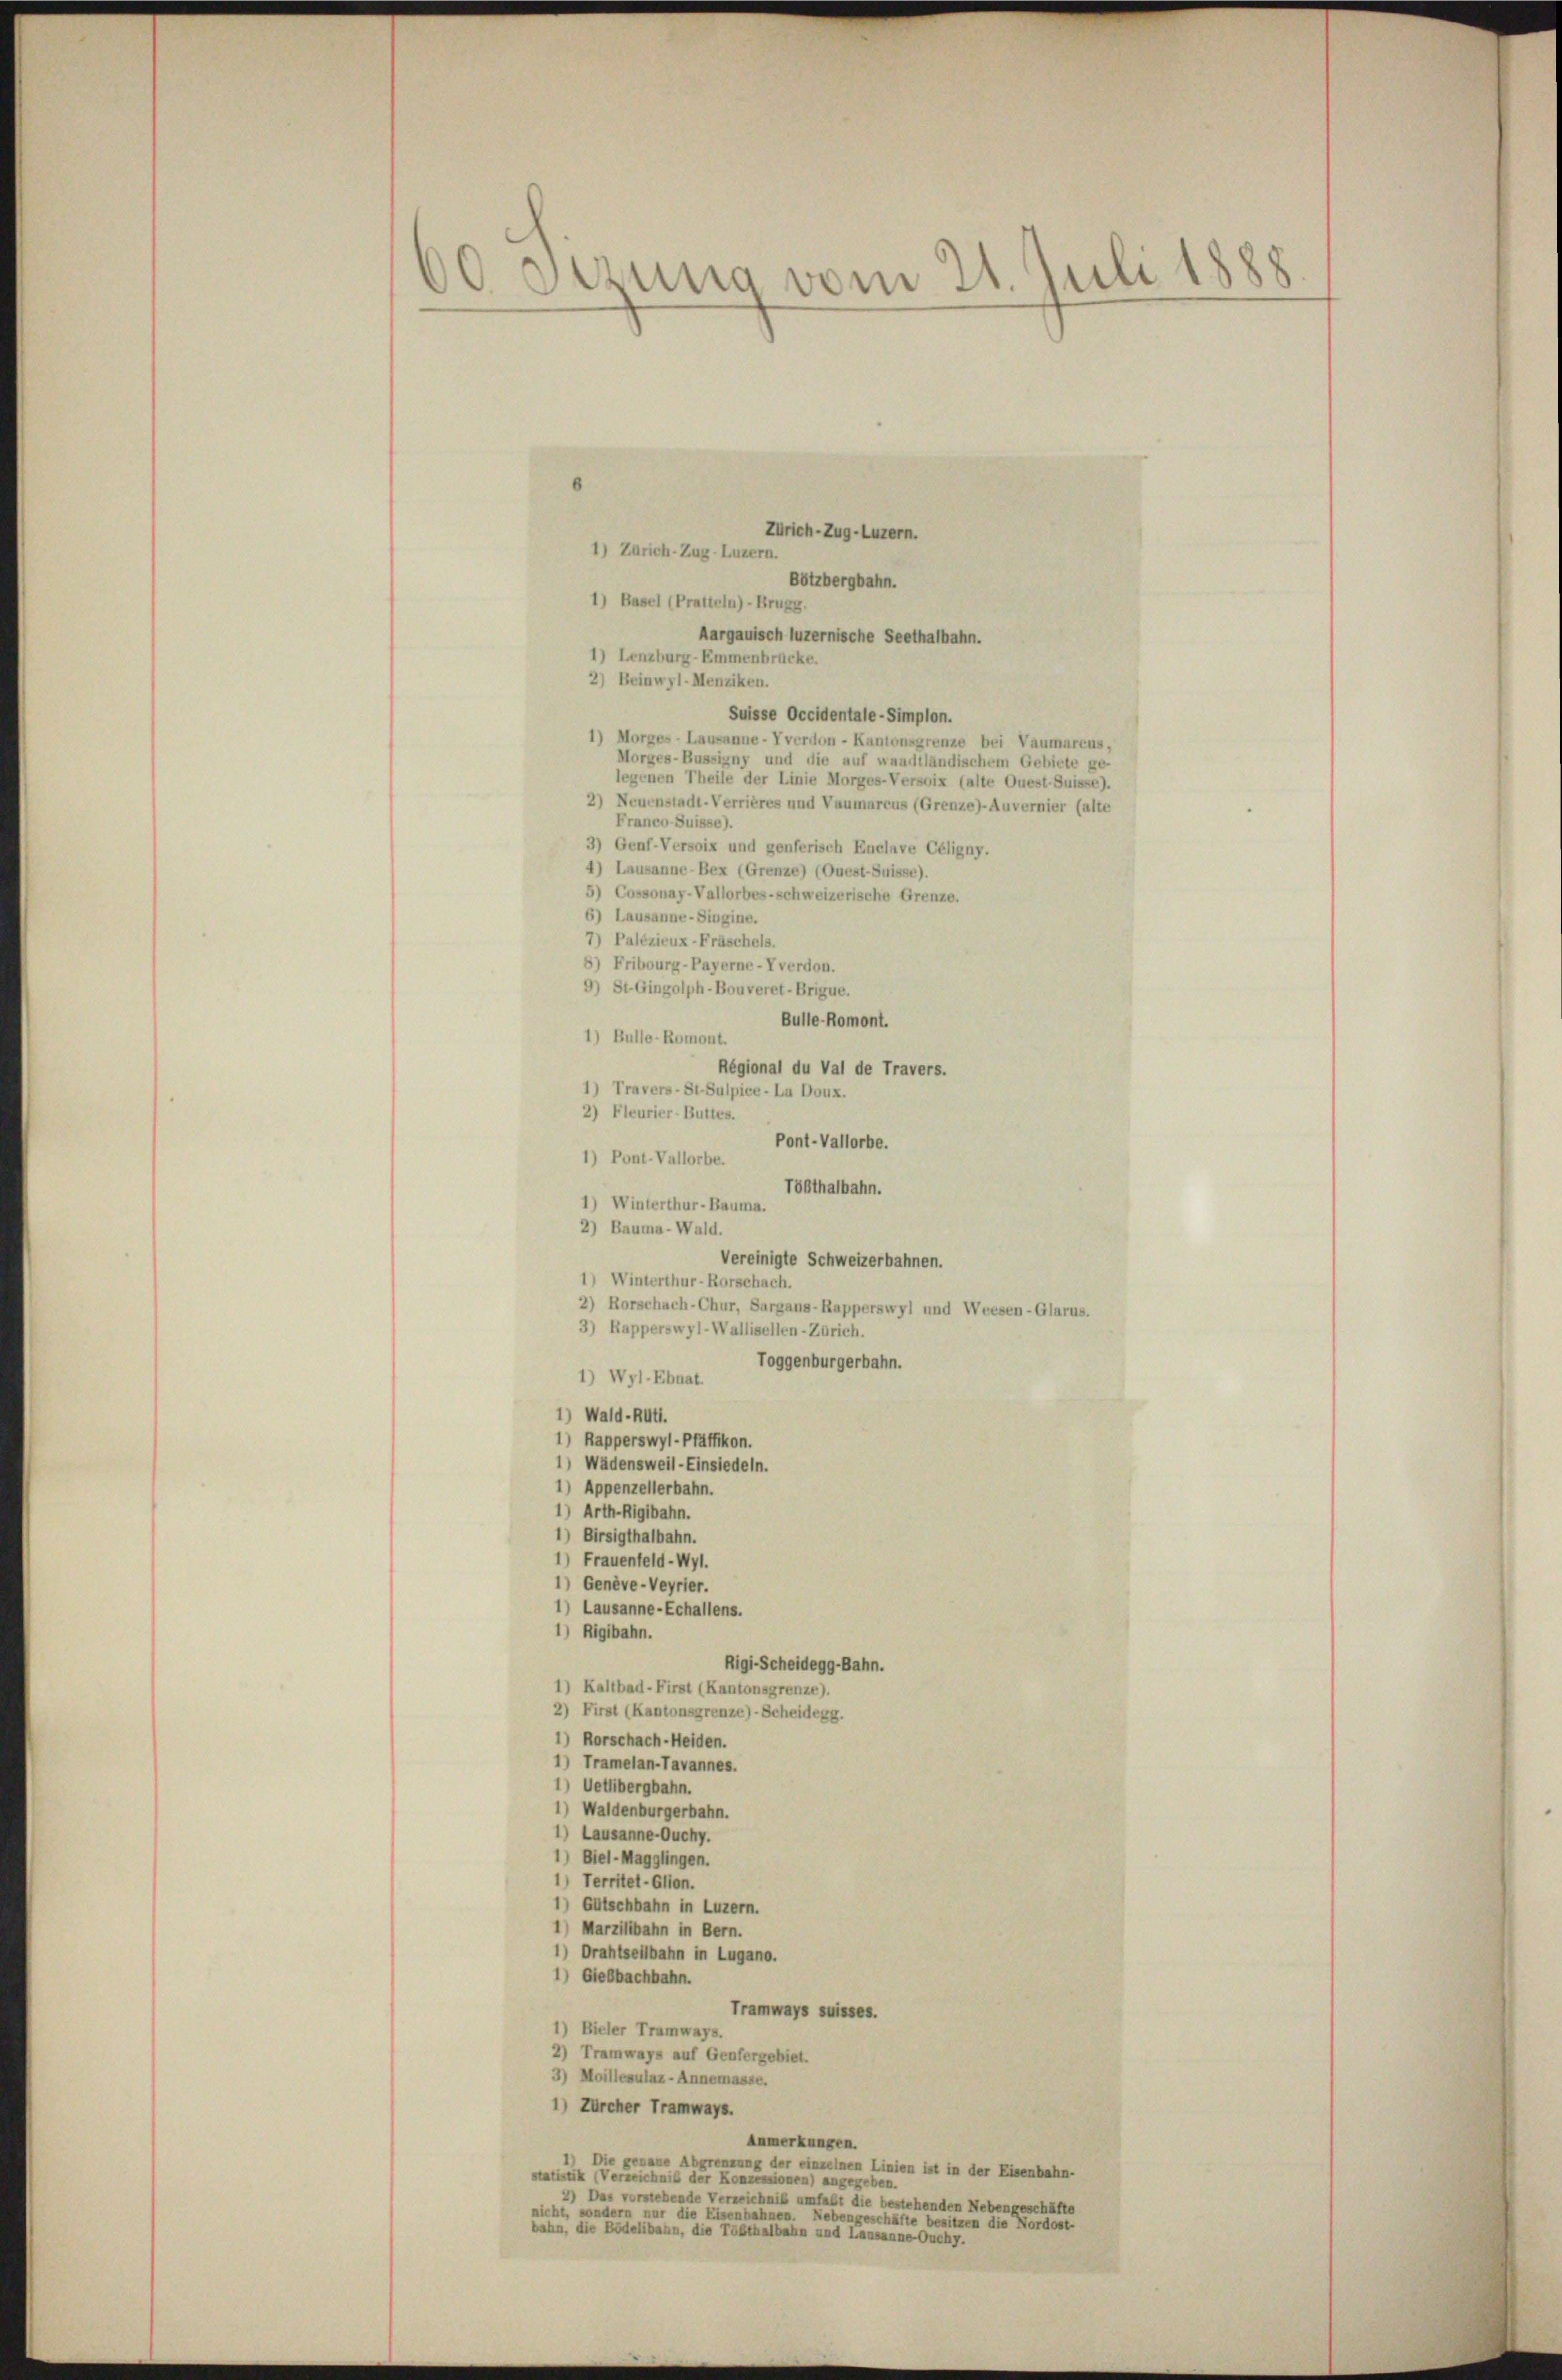
60 Sizung vom 21. Juli 1888

Zürich–Zug–Luzern.
1) Zürich-Zug–Luzern.
Botzbergbahn.
1) Basel (Pratteln)- Brugg.
Aargauisch luzernische Seethalbahn.
1) Lenzburg-Emmenbrücke.
2) Beinwyl-Menziken.
Suisse Occidentale - Simplon.
1) Morges - Lausanne - verdon - Kantonsgrenze bei Vaumarcus,
Morges-Bussigny und die auf waadtländischem Gebiete ge-
legenen Theile der Linie Morges-Versoix (alte Quest-Suisse).
2) Neuenstadt-Verrières und Vaumarcus (Grenze)-Auvernier (alte
Franco-Suisse).
3) Genf-Versoix und genferisch Enelnve Céligny.
4) Lausanne-Bex (Grenze) (Quest-Suisse).
5) Cossonay-Vallorbes-schweizerische Grenze.
6) Lausanne-Singine.
7) Palézieux-Fräschels.
8) Fribourg-Payerne-Yverdon.
9) St. Gingolph-Bouveret-Brigue.
Bulle Romont.
Régional du Val de Travers.
1) Pont. Vallorbe. Pont-Vallorbe.
Tößthalbahn.
1) Winterthur-Bauma.
2) Bauma-Wald.
Vereinigte Schweizerbahnen.
1) Winterthur-Rorschach.
2) Rorschach-Chur, Sargaus-Rapperswyl und Weesen-Glarus.
3) Rapperswyl-Wallisellen-Zürich.
Toggenburgerbahn.
1) Wyl-Ebnat.
1) Wald-Rüti.
1) Rapperswyl-Pfäffikon.
1) Wädensweil-Einsiedeln.
1) Appenzellerbahn.
1) Arth-Rigibahn.
1) Birsigthalbahn.
1) Frauenfeld-Wyl.
1) Genève-Veyrier.
1) Lausanne-Echallens.
1) Eigibahn.
Rigi-Scheidegg-Bahn.
1) Kaltbad-First (Kantonsgrenze).
2) First (Kantonsgrenze)-Scheidegg.
*) Rorschach-Heiden.
1) Tramelan-Tavannes.
*) Uetlibergbahn.
1) Waldenburgerbahn.
1) Lausanne-Ouchy.
1) Biel-Magglingen.
1) Territet-Glion.
1) Gutschbahn in Luzern.
1) Marziltbahn in Bern.
1) Drahtseitbahn in Lugano.
1) Siebbachbahn.
Tramways suisses.
1) Bieler Tramways.
2) Tramways auf Genfergebiet.
3) Moillerulax- Annemasse.
1) Zürcher Tramways.
Anmerkungen.
1) Die genaue Abgrenzung der einzelnen Linien ist in der Eisenbahn-
statistik (Verzeichnis der Konzessionen) angegeben.
2) Das vorstehende Verzeichnis umfaßt die bestehenden Nebengeschäfte
nicht, sondern nur die Eisenbahnen. Nebengeschäfte besitzen die Nordost-
bahn, die Bödelibahn, die Tößthalbahn und Lausanne Ouchy.

1) Bulle-Romont.
1) Travers-St-Sulpice - La Doux.
2) Fleurier-Buttes.